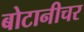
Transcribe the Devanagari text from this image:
बोटानीचर